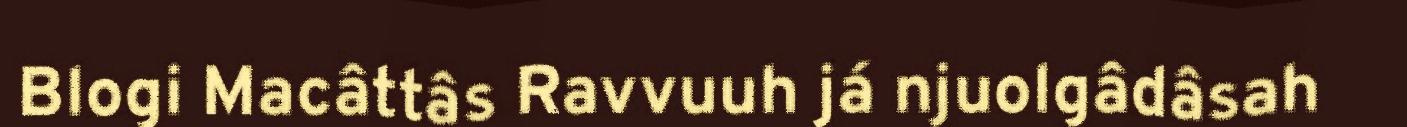
Blogi Macâttâs Ravvuuh já njuolgâdâsah